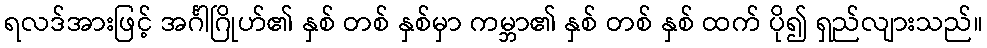
ရလဒ်အားဖြင့် အင်္ဂါဂြိုဟ်၏ နှစ် တစ် နှစ်မှာ ကမ္ဘာ၏ နှစ် တစ် နှစ် ထက် ပို၍ ရှည်လျားသည်။